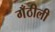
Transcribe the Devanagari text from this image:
गँठीली